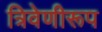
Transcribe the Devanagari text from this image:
त्रिवेणीरूप